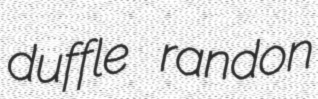
duffle randon